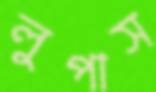
লুপাস